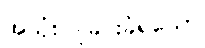
အသုံးပြုခြင်းခံရသော